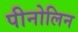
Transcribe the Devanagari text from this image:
पीनोलिन